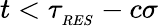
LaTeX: t<\tau_{_{RES}}-c\sigma